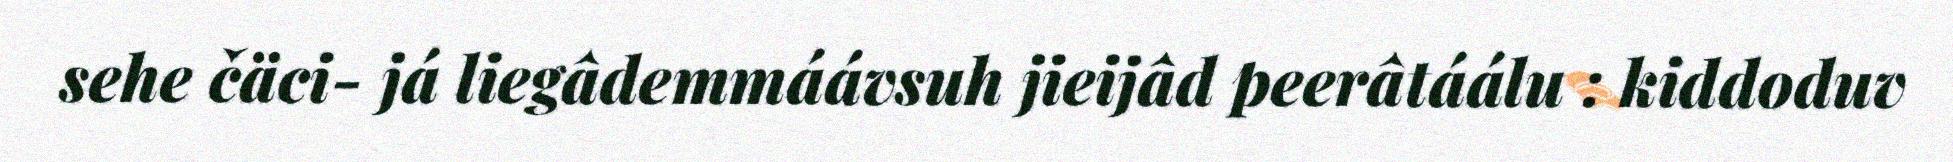
sehe čäci- já liegâdemmáávsuh jieijâd peerâtáálu : kiddoduv